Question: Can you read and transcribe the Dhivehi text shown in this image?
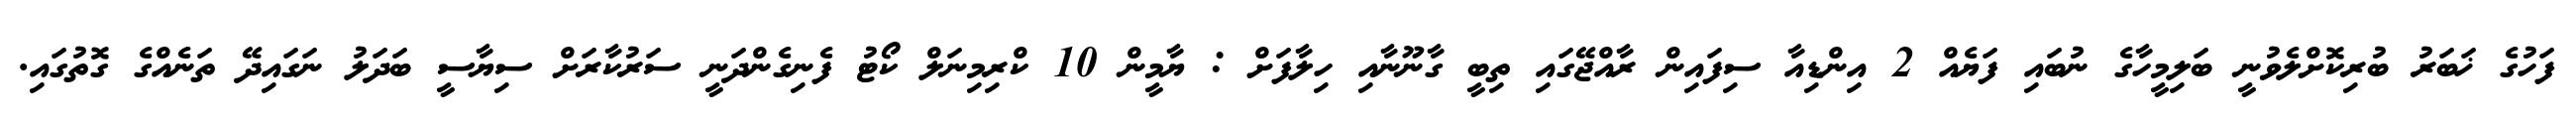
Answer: ފަހުގެ ޚަބަރު ބުރިކޮށްލެވުނީ ބަލިމީހާގެ ނުބައި ފަޔެއް 2 އިންޑިއާ ސިފައިން ރާއްޖޭގައި ތިބީ ގާނޫނާއި ހިލާފަށް : ޔާމީން 10 ކްރިމިނަލް ކޯޓު ފެނިގެންދަނީ ސަރުކާރަށް ސިޔާސީ ބަދަލު ނަގައިދޭ ތަނެއްގެ ގޮތުގައި.